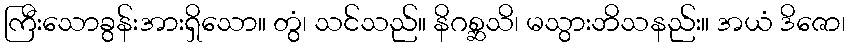
ကြီးသောခွန်းအားရှိသော။ တွံ၊ သင်သည်။ နိဂစ္ဆသိ၊ မသွားဘိသနည်း။ အယံ ဒိဇော၊